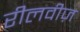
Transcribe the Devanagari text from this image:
रीलवीज़